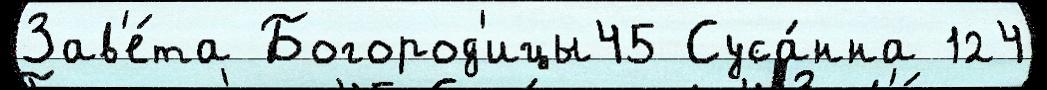
Зав'е́та Богород'ицы45 Суса́нна 124